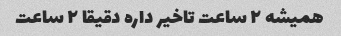
همیشه ۲ ساعت تاخیر داره دقیقا ۲ ساعت